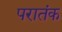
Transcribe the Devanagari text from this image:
परातंक